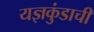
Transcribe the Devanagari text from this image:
यज्ञकुंडाची